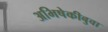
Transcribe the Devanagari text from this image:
अभिषेकीबुवा